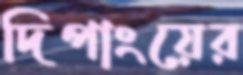
দিপাংয়ের